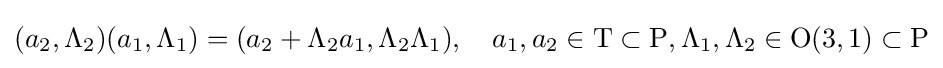
(a_{2},\Lambda _{2})(a_{1},\Lambda _{1})=(a_{2}+\Lambda _{2}a_{1},\Lambda _{2}\Lambda _{1}),\quad a_{1},a_{2}\in \mathrm {T} \subset \mathrm {P} ,\Lambda _{1},\Lambda _{2}\in \mathrm {O} (3,1)\subset \mathrm {P}